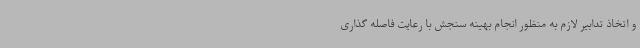
و اتخاذ تدابیر لازم به منظور انجام بهینه سنجش با رعایت فاصله گذاری